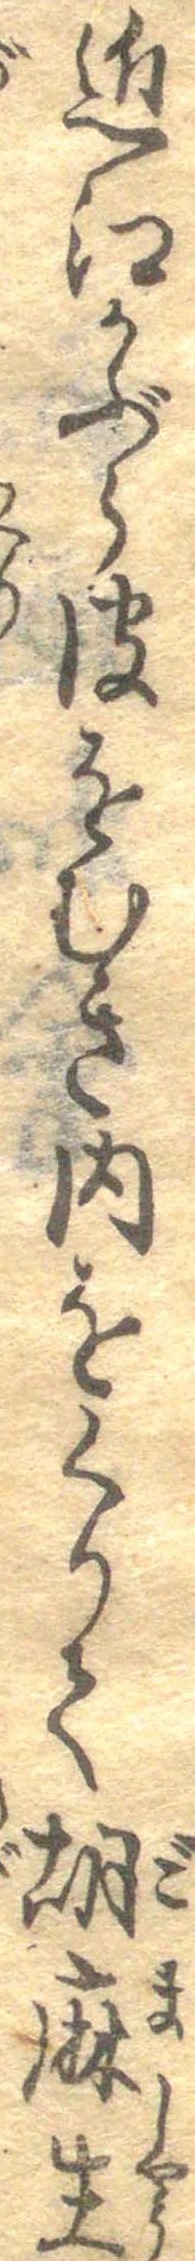
近江かぶら皮をむき内をくりて胡麻生